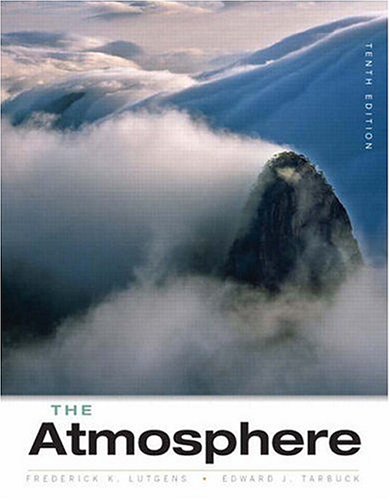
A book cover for The Atmosphere: An Introduction to Meteorology (10th Edition); Frederick K. Lutgens; Science & Math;